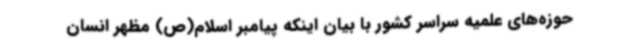
حوزه‌های علمیه سراسر کشور با بیان اینکه پیامبر اسلام(ص) مظهر انسان